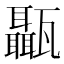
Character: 𤮱